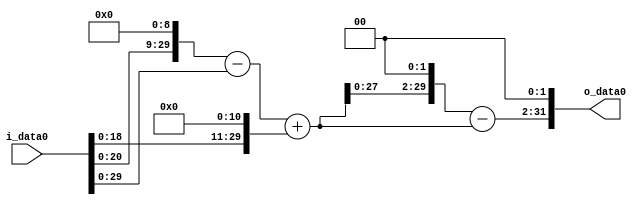
module multiplier_block (
    i_data0,
    o_data0
);

  // Port mode declarations:
  input   [31:0] i_data0;
  output  [31:0]
    o_data0;

  //Multipliers:

  wire [31:0]
    w1,
    w512,
    w511,
    w2048,
    w2559,
    w10236,
    w7677,
    w30708;

  assign w1 = i_data0;
  assign w10236 = w2559 << 2;
  assign w2048 = w1 << 11;
  assign w2559 = w511 + w2048;
  assign w30708 = w7677 << 2;
  assign w511 = w512 - w1;
  assign w512 = w1 << 9;
  assign w7677 = w10236 - w2559;

  assign o_data0 = w30708;

  //multiplier_block area estimate = 4663.61272930147;
endmodule